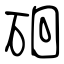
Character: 硘